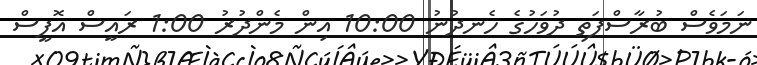
ނަމަވެސް ބުރާސްފަތި ދުވަހުގެ ހެނދުނު 10:00 އިން މެންދުރު 1:00 ރައީސް އޮފީސް